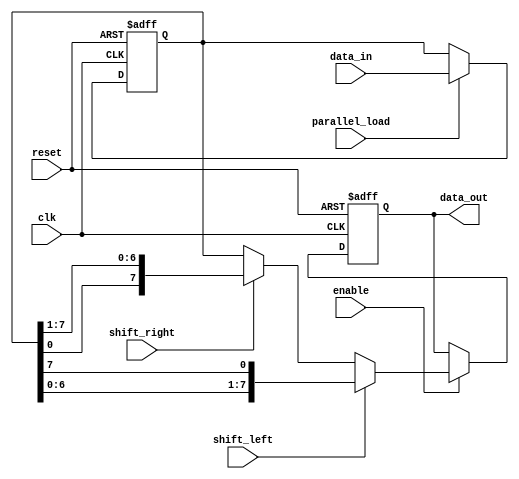
module universal_shift_register(
    input wire clk,           // Clock input
    input wire reset,         // Reset input
    input wire shift_left,    // Shift left control input
    input wire shift_right,   // Shift right control input
    input wire parallel_load, // Parallel load control input
    input wire [7:0] data_in, // Input data
    input wire enable,        // Enable input
    output reg [7:0] data_out // Output data
);

// Internal register to hold the shifted data
reg [7:0] shift_register;

// Parallel load operation
always @(posedge clk, posedge reset) begin
    if (reset) begin
        shift_register <= 8'b0; // Reset the register
    end else if (parallel_load) begin
        shift_register <= data_in; // Load input data into the register
    end
end

// Shift left or right operation
always @(posedge clk, posedge reset) begin
    if (reset) begin
        data_out <= 8'b0; // Reset the output on reset
    end else if (enable) begin
        if (shift_left) begin
            // Shift left by 1 bit
            data_out <= {shift_register[6:0], shift_register[7]};
        end else if (shift_right) begin
            // Shift right by 1 bit
            data_out <= {shift_register[0], shift_register[7:1]};
        end else begin
            // No shift, output the current content
            data_out <= shift_register;
        end
    end
end

endmodule